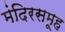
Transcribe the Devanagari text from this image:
मंदिरसमूह